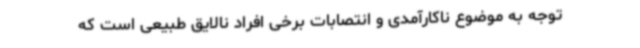
توجه به موضوع ناکارآمدی و انتصابات برخی افراد نالایق طبیعی است که